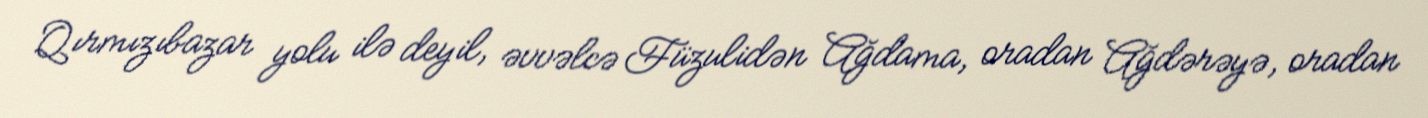
Qırmızıbazar yolu ilə deyil, əvvəlcə Füzulidən Ağdama, oradan Ağdərəyə, oradan